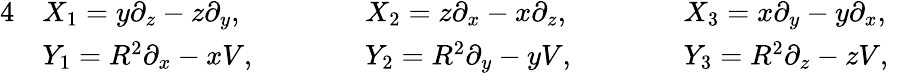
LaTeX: \begin{array}{rlrlrlr}{{4}}&{X_{1}=y\partial_{z}-z\partial_{y},\qquad}&&{X_{2}=z\partial_{x}-x\partial_{z},\qquad}&&{X_{3}=x\partial_{y}-y\partial_{x},}&\\ &{Y_{1}=R^{2}\partial_{x}-xV,\qquad}&&{Y_{2}=R^{2}\partial_{y}-yV,\qquad}&&{Y_{3}=R^{2}\partial_{z}-zV,}&\end{array}